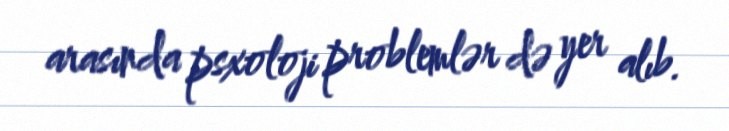
arasında psxoloji problemlər də yer alıb.